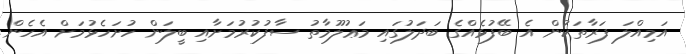
އަމިއްލަ ފަރާތަކުން އެ ބޭފުޅެއްގެ ބަދަލުގައި މަޢުލޫމާތު ސާފުކުރުމަށާއި ބީލަން ހުށަހެޅުމަށް އެހެން